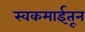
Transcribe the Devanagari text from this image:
स्वकमाईतून